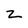
Character: z